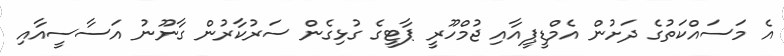
އެ މަަސައްކަތުގެ ދަށުން އެމްޑީޕީއާއި ޖުމްހޫރީ ޕާޓީގެ ގުޅިގެން ސަރުކާރުން ގާނޫނު އަސާސީއާއި